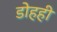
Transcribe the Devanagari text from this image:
डोहही